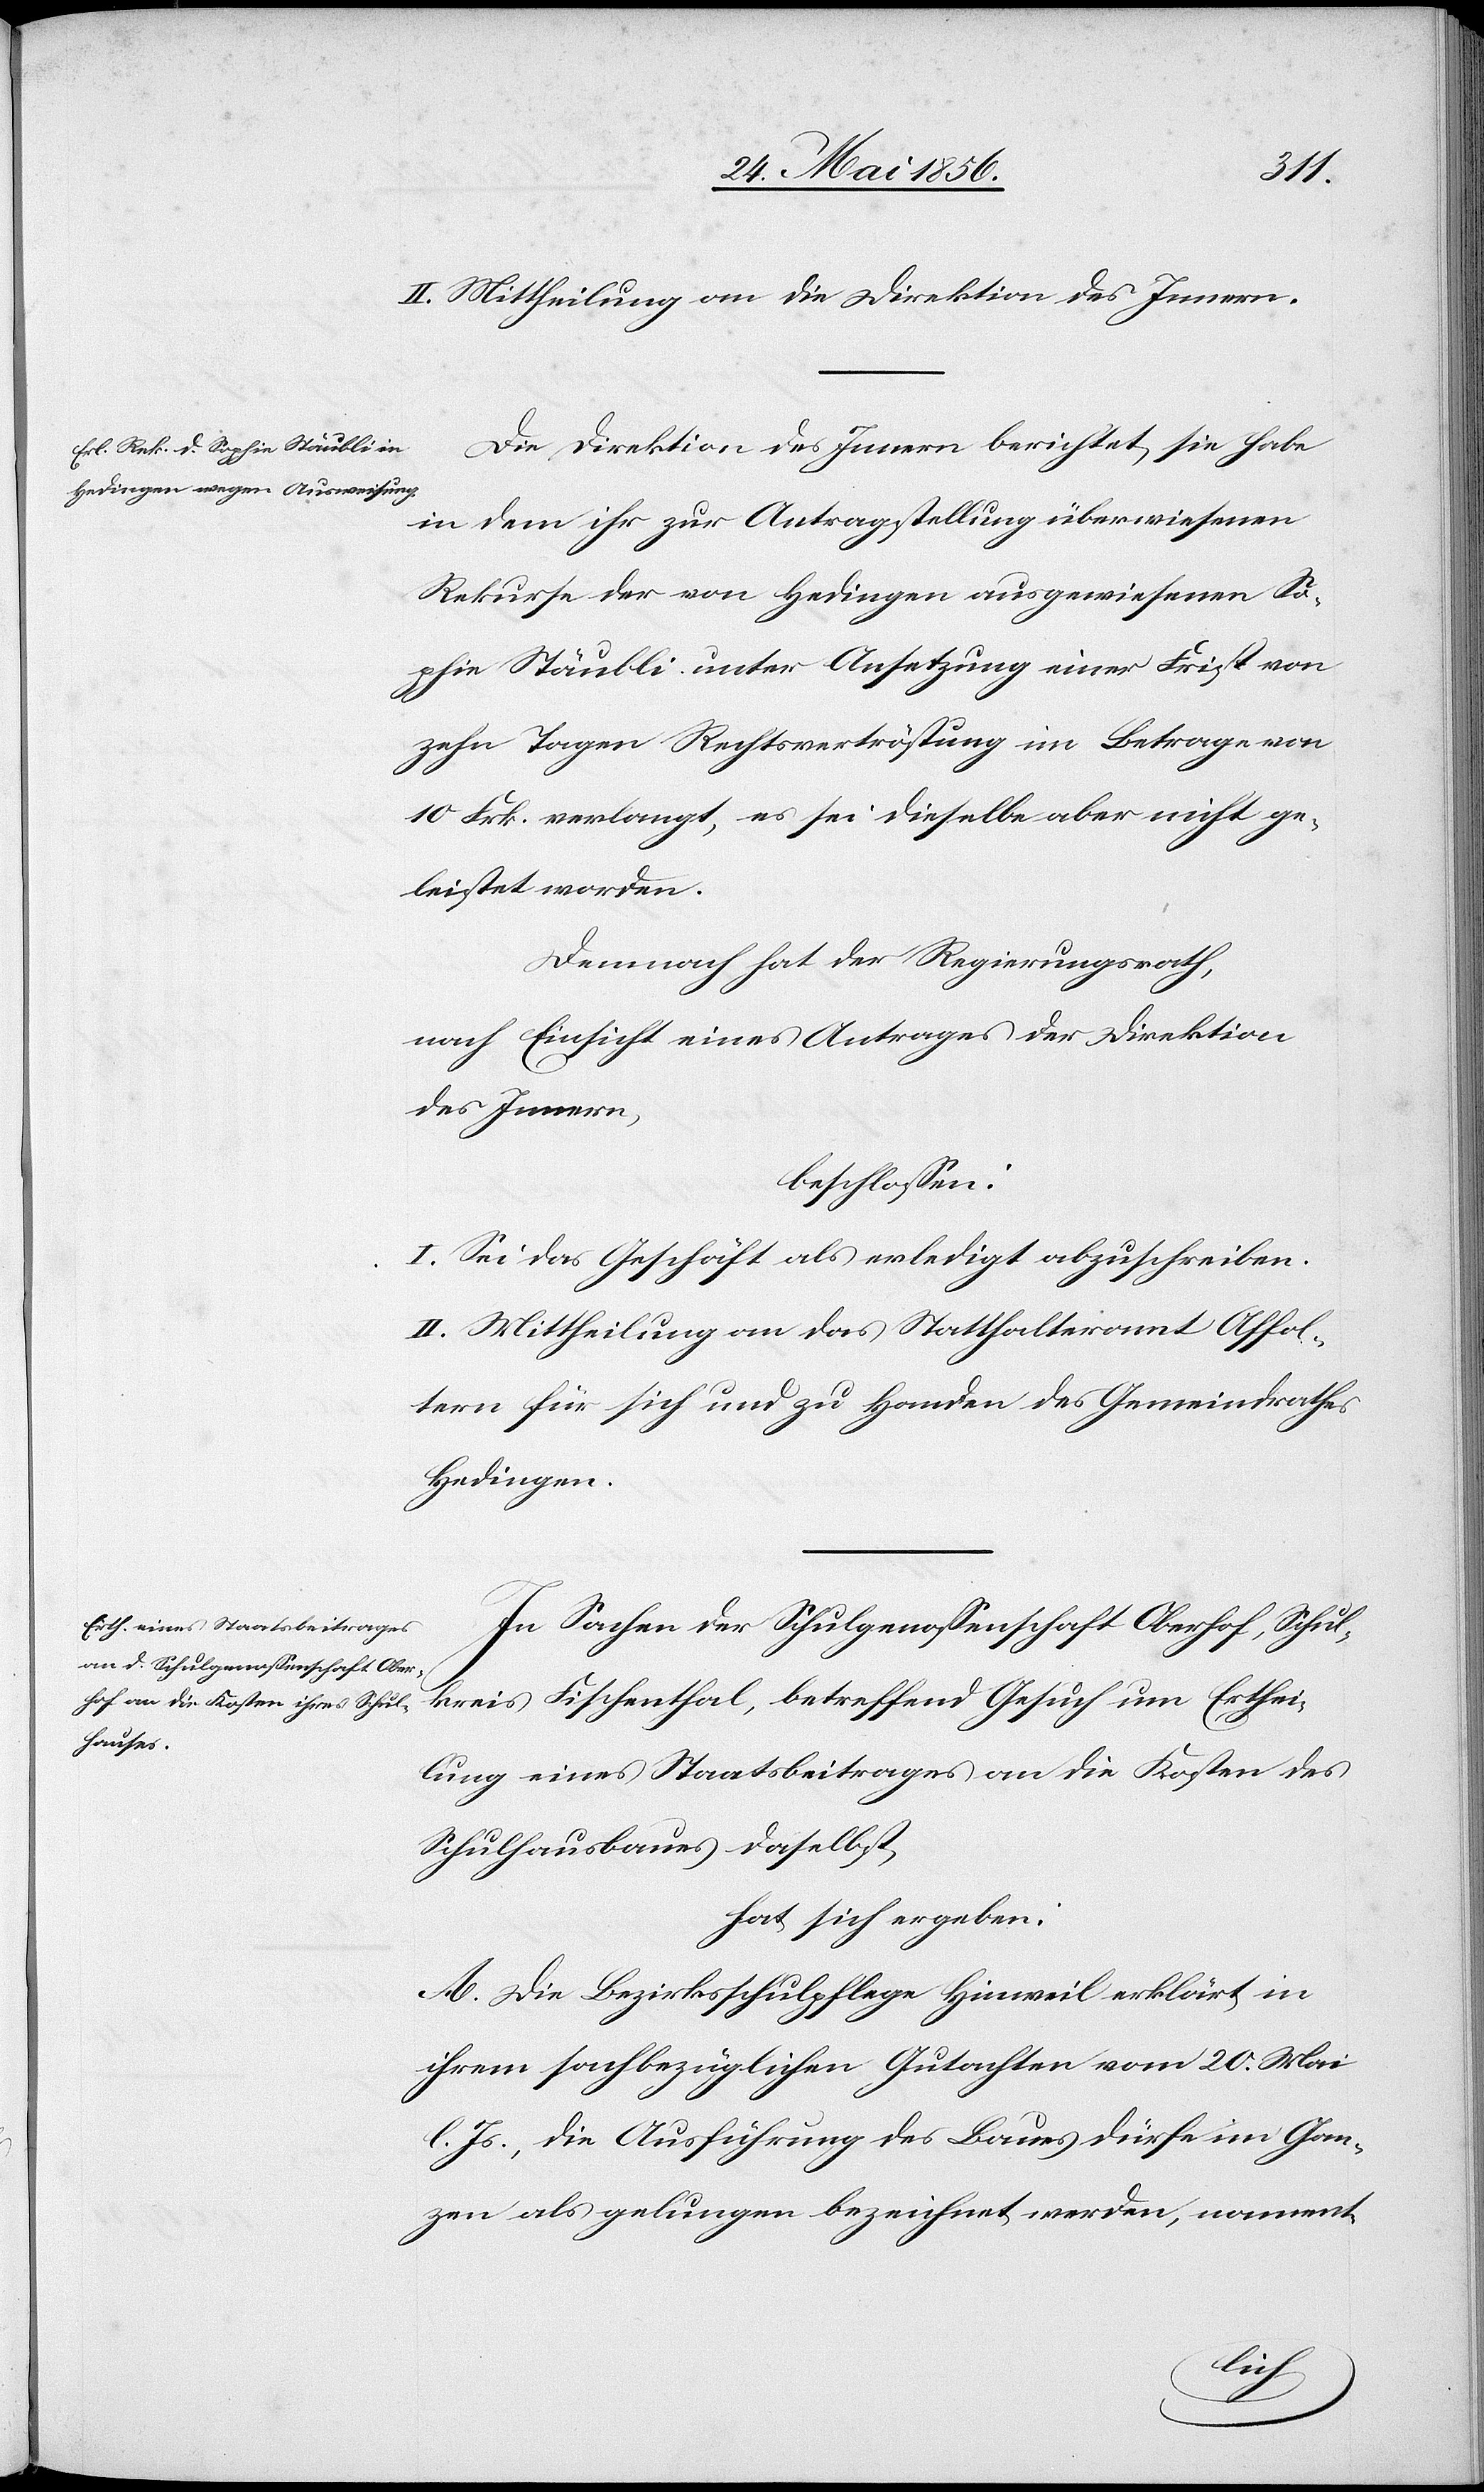
II. Mittheilung an die Direktion des Innern.
Die Direktion des Innern berichtet, sie habe
in dem ihr zur Antragstellung überwiesenen
Rekurse der von Hedingen ausgewiesenen So¬
phie Stäubli unter Ansetzung einer Frist von
zehn Tagen Rechtsvertröstung im Betrage von
10 Frk. verlangt, es sei dieselbe aber nicht ge¬
leistet worden.
Demnach hat der Regierungsrath,
nach Einsicht eines Antrages der Direktion
des Innern,
beschlossen:
I. Sei das Geschäft als erledigt abzuschreiben.
II. Mittheilung an das Statthalteramt Affol¬
tern für sich und zu Handen des Gemeindrathes
Hedingen.
In Sachen der Schulgenossenschaft Oberhof, Schul¬
kreis Fischenthal, betreffend Gesuch um Erthei¬
lung eines Staatsbeitrages an die Kosten des
Schulhausbaues daselbst,
hat sich ergeben:
A. Die Bezirksschulpflege Hinweil erklärt in
ihrem sachbezüglichen Gutachten vom 20. Mai
l. Js., die Ausführung des Baues dürfe im Gan¬
zen als gelungen bezeichnet werden, nament-